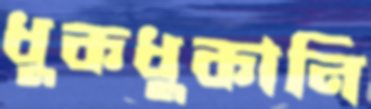
ধুকধুকানি